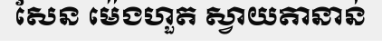
សែន ម៉េងហួត ស្វាយតានាន់